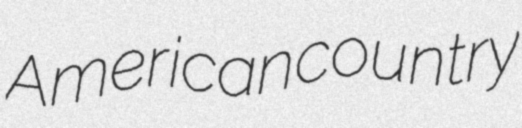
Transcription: American country